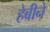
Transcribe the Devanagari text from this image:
हेबीने